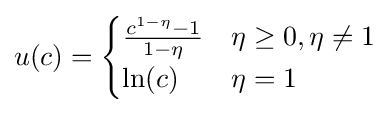
u(c)={\begin{cases}{\frac {c^{1-\eta }-1}{1-\eta }}&\eta \geq 0,\eta \neq 1\\\ln(c)&\eta =1\end{cases}}